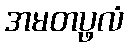
အမတပ္ဖလံ